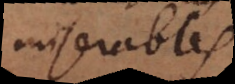
miserables